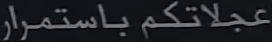
عجلاتكم باستمرار